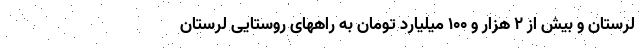
لرستان و بیش از ۲ هزار و ۱۰۰ میلیارد تومان به راههای روستایی لرستان